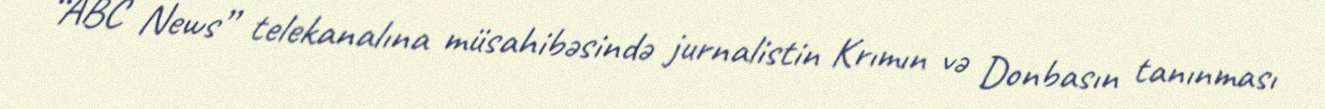
“ABC News” telekanalına müsahibəsində jurnalistin Krımın və Donbasın tanınması